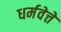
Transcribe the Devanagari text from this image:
धर्मवेत्ते